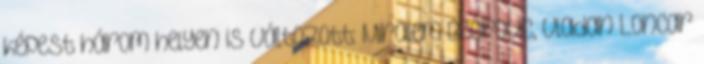
képest három helyen is változott: Miralem Becirovic, Vladan Loncar